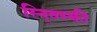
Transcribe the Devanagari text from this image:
स्नि्तस्की